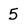
Character: 5